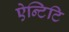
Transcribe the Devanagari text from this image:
ऐन्टिटि